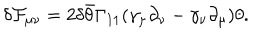
LaTeX: \delta { \cal F } _ { \mu \nu } = 2 \delta \bar { \theta } \Gamma _ { 1 1 } ( \gamma _ { \mu } \partial _ { \nu } - \gamma _ { \nu } \partial _ { \mu } ) \theta .